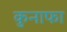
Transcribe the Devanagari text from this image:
कुनाफा